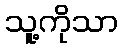
သူ့ကိုသာ